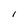
Character: 1